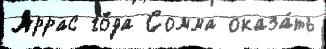
Аррас го́да Сомма оказа́ть